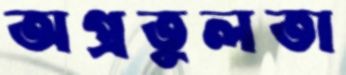
অপ্রতুলতা